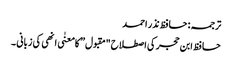
ترجمہ: حافظ نذر احمد
حافظ ابن حجر کی اصطلاح "مقبول” کا معنٰی انھی کی زبانی ۔